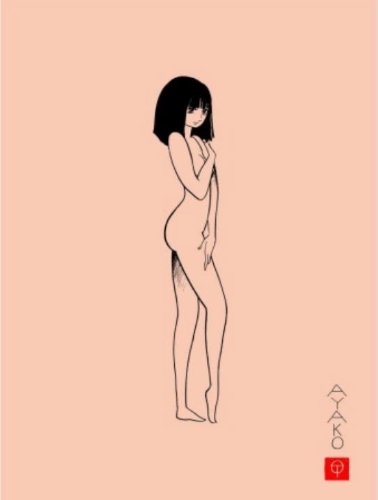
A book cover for Ayako; Osamu Tezuka; Comics & Graphic Novels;